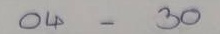
04 -30